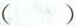
()